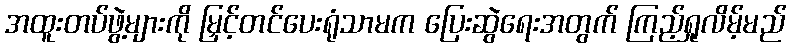
အထူးတပ်ဖွဲ့များကို မြှင့်တင်ပေးရုံသာမက ပြေးဆွဲရေးအတွက် ကြည့်ရှုလိမ့်မည်